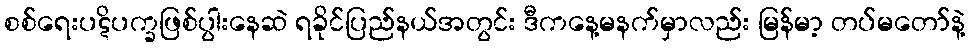
စစ်ရေးပဋိပက္ခဖြစ်ပွါးနေဆဲ ရခိုင်ပြည်နယ်အတွင်း ဒီကနေ့မနက်မှာလည်း မြန်မာ့ တပ်မတော်နဲ့